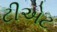
ટીએટ